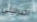
اخبرتيني